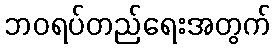
ဘဝရပ်တည်ရေးအတွက်